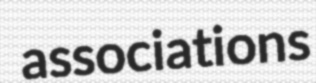
associations